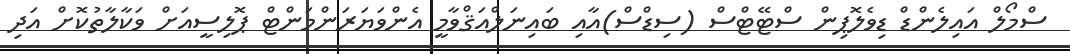
ސްމޯލް އައިލެންޑް ޑިވެލޮޕިން ސްޓޭޓްސް (ސިޑްސް)އާއި ބައިނަލްއަޤްވާމީ އެންވަޔަރަންމަންޓް ޕޮލިސީއަށް ވަކާލާތުކޮށް އަދި